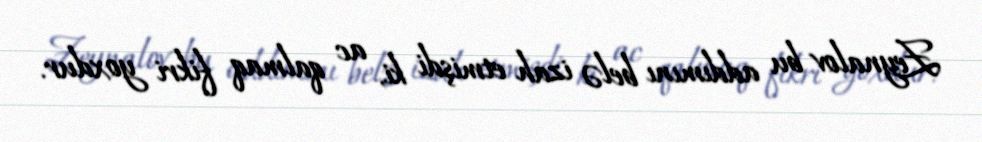
Zeynalov bu addımını belə izah etmişdi ki, ac qalmaq fikri yoxdur.